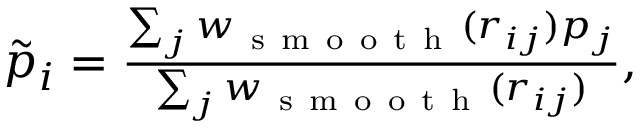
\begin{array} { r } { \tilde { p } _ { i } = \frac { \sum _ { j } w _ { \mathrm { ~ s ~ m ~ o ~ o ~ t ~ h ~ } } ( r _ { i j } ) p _ { j } } { \sum _ { j } w _ { \mathrm { ~ s ~ m ~ o ~ o ~ t ~ h ~ } } ( r _ { i j } ) } , } \end{array}